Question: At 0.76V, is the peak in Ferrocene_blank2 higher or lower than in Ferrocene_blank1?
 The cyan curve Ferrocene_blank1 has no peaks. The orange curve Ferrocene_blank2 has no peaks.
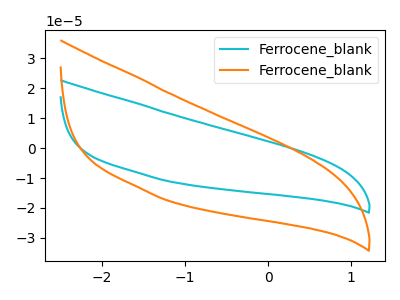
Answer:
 <answer>"Ferrocene_blank2" and "Ferrocene_blank1" dont share a peak at 0.76V.</answer>
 <eval>mismatch</eval>